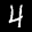
Label: 4